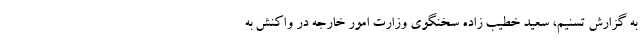
به گزارش تسنیم، سعید خطیب زاده سخنگوی وزارت امور خارجه در واکنش به